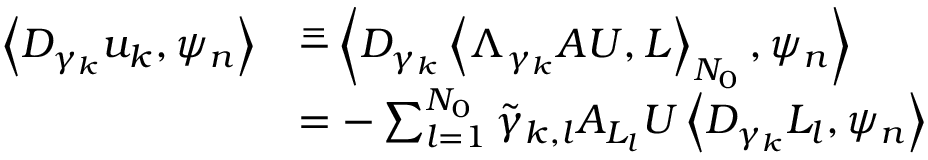
\begin{array} { r l } { \left< D _ { \gamma _ { k } } u _ { k } , \psi _ { n } \right> } & { \overset { = } - \left< D _ { \gamma _ { k } } \left< \Lambda _ { \gamma _ { k } } A U , L \right> _ { N _ { 0 } } , \psi _ { n } \right> } \\ & { = - \sum _ { l = 1 } ^ { N _ { 0 } } \tilde { \gamma } _ { k , l } A _ { L _ { l } } U \left< D _ { \gamma _ { k } } L _ { l } , \psi _ { n } \right> } \end{array}